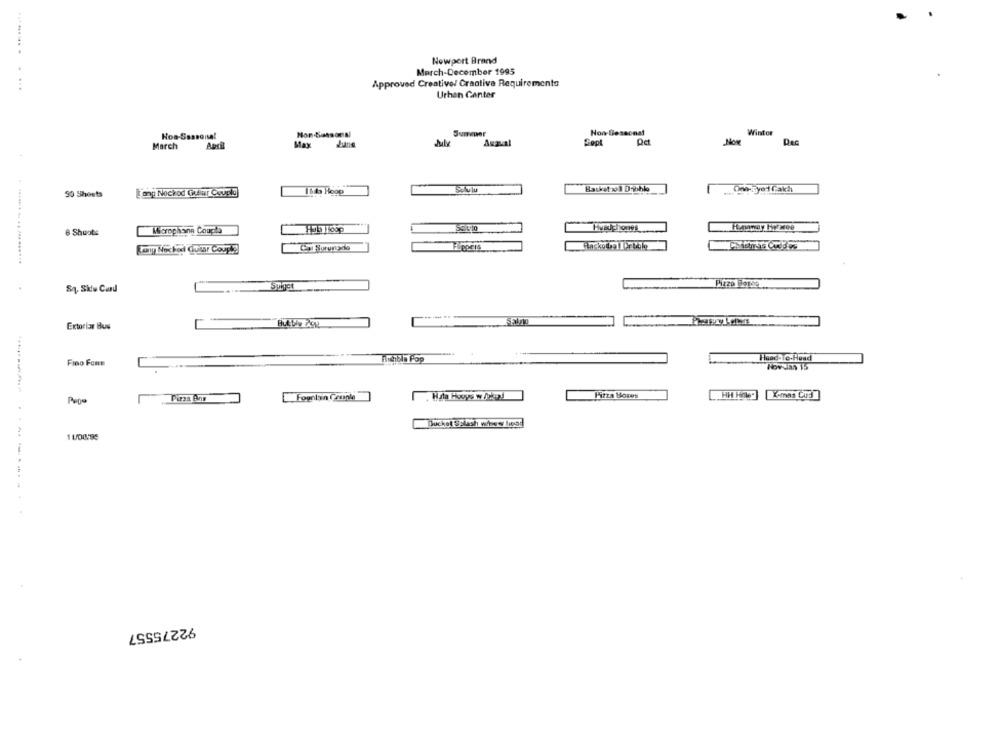
Newport Brand
March-December 1995
....
Approved Creative/ Craative Requirements
Urhan Ganter
Summer
Hon-Bessonal
Winfor
Hos-Seasonal
July
Axaual
Now
March
April
Max
June
50 Sheets
ang Nochod Guiar Couplo
Itt Hoop
Basket xol D'ibho
Microphone Couple
Hvadphones
Fenway Hy wee
8 Shoot:
only Nockod Guiar Coup.2
Cal Surunade
Flippers
Sq. Situ Card
Pizzo Beres ..
Salvo
Extoriar Bus
Head-To-Head
Fino Fenn
HowJan 15
Pizza Boxes
Fountain Couple
X-mas Cord
Ducket Splash www head
1 1/0095
.---
92275557